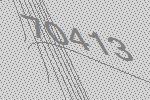
70413